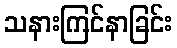
သနားကြင်နာခြင်း